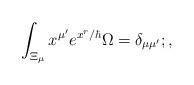
LaTeX: \begin{align*}\int_{\Xi_{\mu}} x^{\mu'} e^{x^r/\hbar} \Omega=\delta_{\mu\mu'}; ,\end{align*}